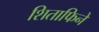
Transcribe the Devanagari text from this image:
शिताफिने